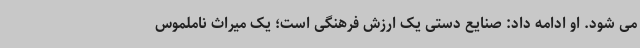
می شود. او ادامه داد: صنایع دستی یک ارزش فرهنگی است؛ یک میراث ناملموس